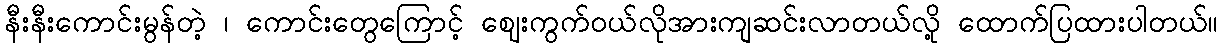
နီးနီးကောင်းမွန်တဲ့ ၊ ကောင်းတွေကြောင့် ဈေးကွက်ဝယ်လိုအားကျဆင်းလာတယ်လို့ ထောက်ပြထားပါတယ်။